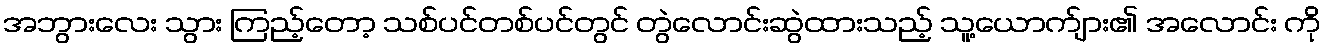
အဘွားလေး သွား ကြည့်တော့ သစ်ပင်တစ်ပင်တွင် တွဲလောင်းဆွဲထားသည့် သူ့ယောက်ျား၏ အလောင်း ကို